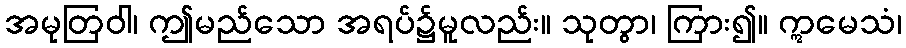
အမုတြဝါ၊ ဤမည်သော အရပ်၌မူလည်း။ သုတွာ၊ ကြား၍။ ဣမေသံ၊